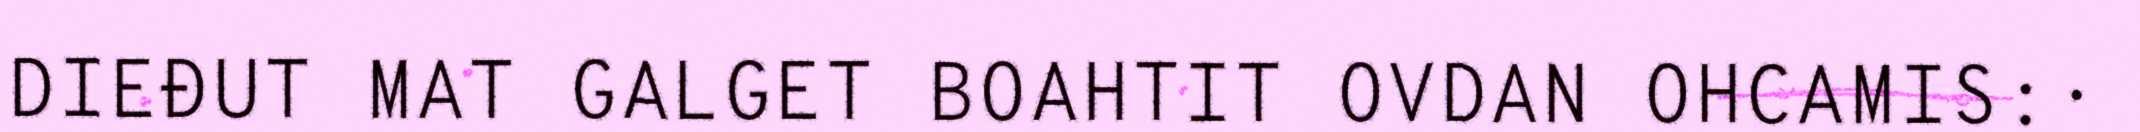
DIEĐUT MAT GALGET BOAHTIT OVDAN OHCAMIS:·